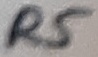
Text: R5